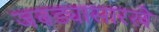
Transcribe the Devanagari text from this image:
जबड्यासारखे